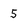
Character: 5